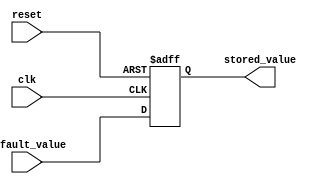
module Fallback_Bypass_Register (
    input wire clk,
    input wire reset,
    input wire [31:0] default_value,
    output reg [31:0] stored_value
);

always @ (posedge clk or posedge reset)
begin
    if (reset)
        stored_value <= 32'h0;
    else
        stored_value <= default_value;
end

endmodule